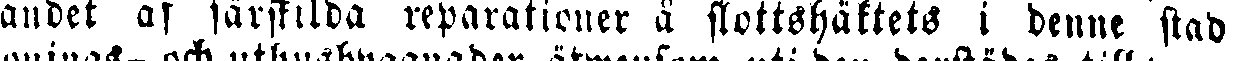
landet af särskilda reparationer å slottshäktets i denne stad